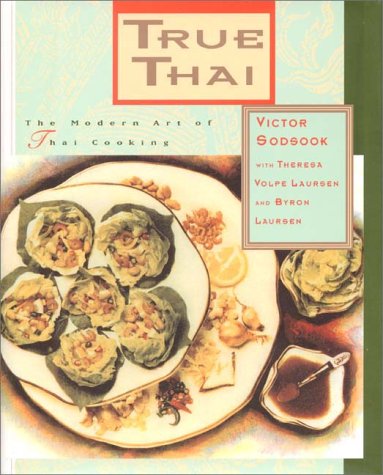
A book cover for True Thai: The Modern Art of Thai Cooking; Victor Sodsook; Cookbooks, Food & Wine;